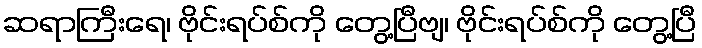
ဆရာကြီးရေ၊ ဗိုင်းရပ်စ်ကို တွေ့ပြီဗျ၊ ဗိုင်းရပ်စ်ကို တွေ့ပြီ